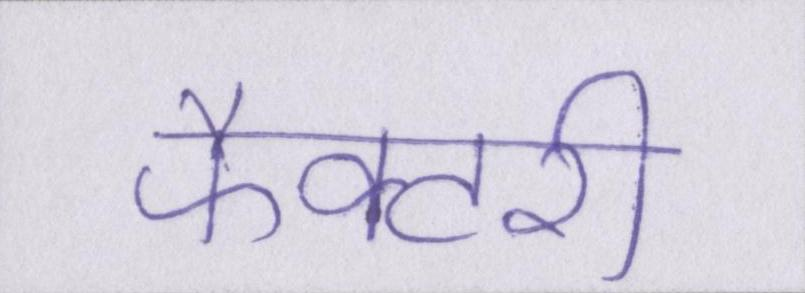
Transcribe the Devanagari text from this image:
फैक्टरी